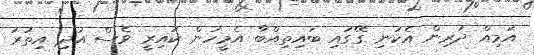
އަމިއް ދަރިން އެކަނި ގޭގައި ބައިތިއްބާ އެމީހުން ކައިރީ ވެސް އަދި އިތުރު